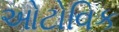
ઓટોવિક